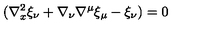
( \nabla _ { x } ^ { 2 } \xi _ { \nu } + \nabla _ { \nu } \nabla ^ { \mu } \xi _ { \mu } - \xi _ { \nu } ) = 0